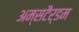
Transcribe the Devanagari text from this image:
अम्सटैर्डम